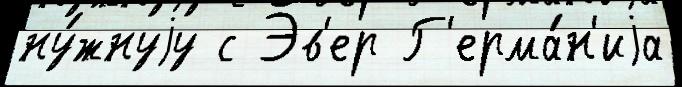
ну́жнуjу с Эв'ер Г'ерма́н'иjа